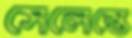
সেলেস্তে